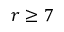
r \geq 7